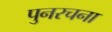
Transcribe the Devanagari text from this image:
पुनरचना